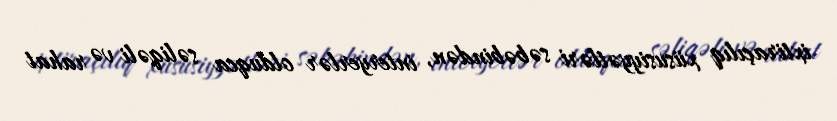
ixtiraçılıq xüsusiyyətləri səbəbindən, interyerlər olduqca səliqəli və rahat